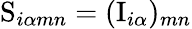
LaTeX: \mathrm{S}_{i\alpha mn}=(\mathrm{I}_{i\alpha})_{mn}